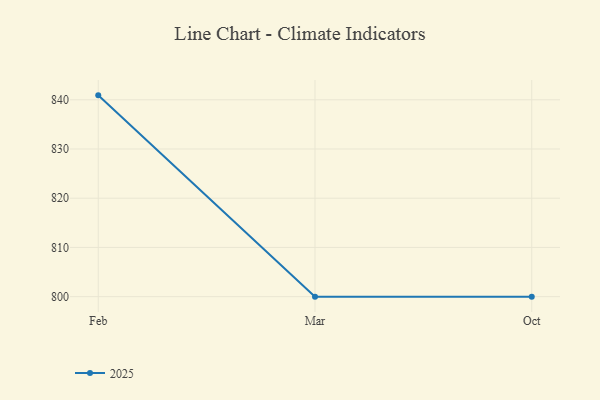
{"axis": {"x": "Month", "y": "Headcount"}, "legend": ["2025"], "data": [{"x": "Feb", "y": 840.9, "type": "2025"}, {"x": "Mar", "y": 800, "type": "2025"}, {"x": "Oct", "y": 800, "type": "2025"}]}